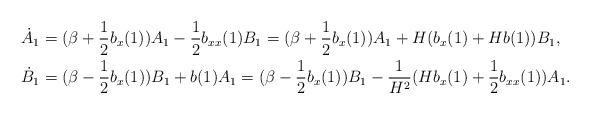
LaTeX: \begin{align*} \dot{A}_{1}&=(\beta+\frac{1}{2}b_{x}(1))A_{1}-\frac{1}{2}b_{xx}(1)B_{1} =(\beta+\frac{1}{2}b_{x}(1))A_{1}+H(b_x(1)+Hb(1)) B_{1}, \\\dot{B}_{1}&=(\beta-\frac{1}{2}b_{x}(1))B_{1}+b(1)A_{1}=(\beta-\frac{1}{2}b_{x}(1))B_{1}-\frac{1}{H^2}(Hb_{x}(1)+\frac{1}{2}b_{xx}(1))A_{1} .\end{align*}